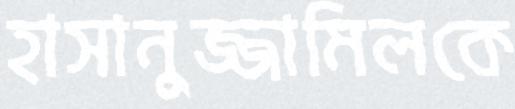
হাসানুজ্জামিলকে